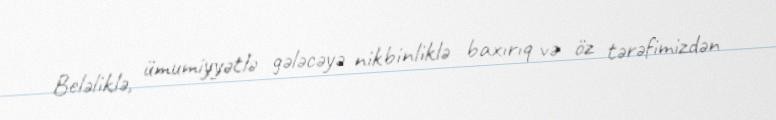
Beləliklə, ümumiyyətlə gələcəyə nikbinliklə baxırıq və öz tərəfimizdən